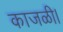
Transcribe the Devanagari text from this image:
काजळी।